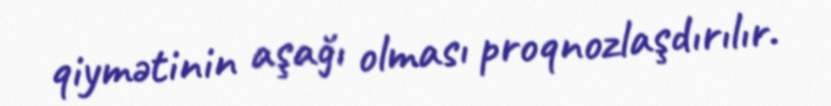
qiymətinin aşağı olması proqnozlaşdırılır.